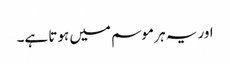
اور یہ ہر موسم میں ہوتا ہے۔